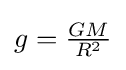
\textstyle g={\frac {GM}{R^{2}}}